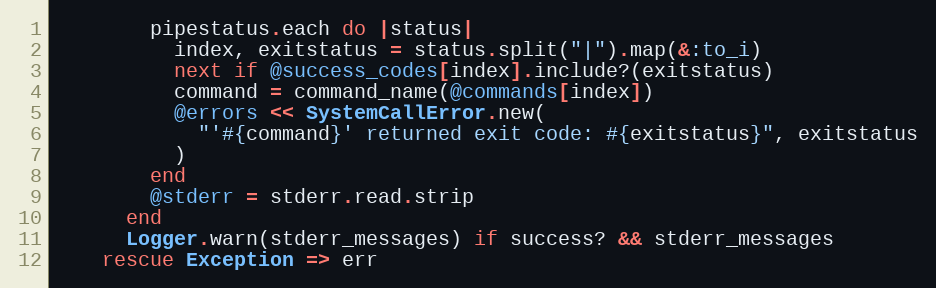
Language: Ruby
        pipestatus.each do |status|
          index, exitstatus = status.split("|").map(&:to_i)
          next if @success_codes[index].include?(exitstatus)
          command = command_name(@commands[index])
          @errors << SystemCallError.new(
            "'#{command}' returned exit code: #{exitstatus}", exitstatus
          )
        end
        @stderr = stderr.read.strip
      end
      Logger.warn(stderr_messages) if success? && stderr_messages
    rescue Exception => err